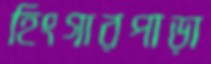
হিংগারপাড়া